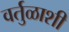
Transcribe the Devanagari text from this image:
वर्तुळाशी